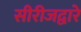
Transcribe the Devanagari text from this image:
सीरीजद्वारे